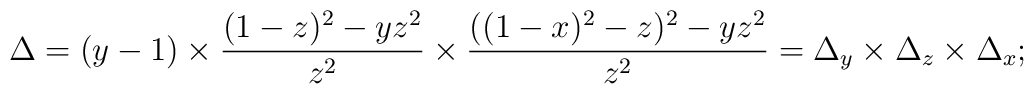
\Delta=(y-1) \times {(1-z)^2-yz^2\over z^2}  \times {((1-x)^2-z)^2-yz^2\over z^2} =\Delta_y \times \Delta_z \times \Delta_x;